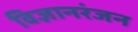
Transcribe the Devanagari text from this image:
विज्ञानरंजन